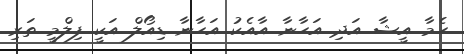
ހެމާ އީޝާ އަދި އަހާނާ އާއެކު އަހާނާ ޑިއޯލް އަކީ ފިލްމީ ތަރި